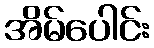
အိမ်ပေါင်း